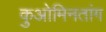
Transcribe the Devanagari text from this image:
कुओमिनतांग